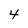
Character: 4